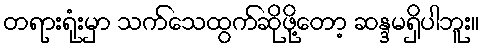
တရားရုံးမှာ သက်သေထွက်ဆိုဖို့တော့ ဆန္ဒမရှိပါဘူး။